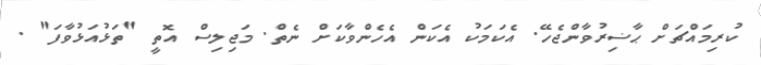
ކުރިމައްޗަށް ޙާޟިރުވާންޖެހޭ. އެކަމަކު އެކަން އެހެންވާކަށް ނެތް. މަޖިލިސް އޮތީ "ތަޅުއަޅުވާފަ" .